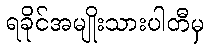
ရခိုင်အမျိုးသားပါတီမှ